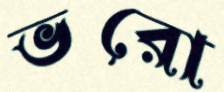
ভরো